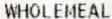
WHOLEMEAL